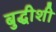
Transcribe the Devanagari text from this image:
बुद्धीशी